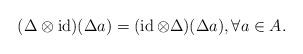
LaTeX: \begin{align*}(\Delta\otimes\operatorname{id})(\Delta a)=(\operatorname{id}\otimes\Delta)(\Delta a),\forall a\in A.\end{align*}